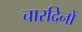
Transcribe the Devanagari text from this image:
चारदिनों